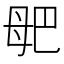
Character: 𣫰